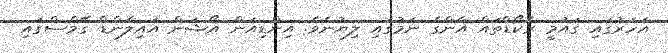
އަހަރުގައި ގައުމީ ރެކޯޑްތައް އާންގެ ނަމުގައި ލިޔުނެވެ. އިންޑިއަން އޯޝަން އައިލެންޑް ގޭމްސްގައި